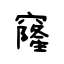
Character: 窿